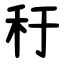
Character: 䄨